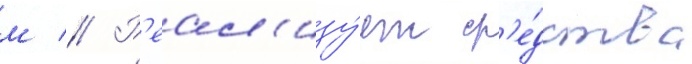
м // Р'еал'изу́ет ср'е́дства